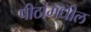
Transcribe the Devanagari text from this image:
पीठांमधील